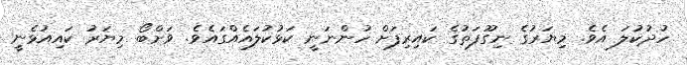
ހުދުކުލަ އެވެ. މިޔަރުގެ ނިގޫފަތުގެ ކައިރިފަށް ހުންނަނީ ކަޅުކުލައެއްގައެވެ. ވަށްބޯ މިޔަރު ކައިއުޅެނީ